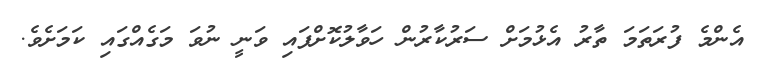
އެންމެ ފުރަތަމަ ތާރު އެޅުމަށް ސަރުކާރުން ހަވާލުކޮށްފައި ވަނީ ނުވަ މަގެއްގައި ކަމަށެވެ.